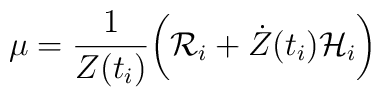
\mu = \frac{1}{Z(t_i)}\biggr({\cal R}_i + {\dot Z}(t_i){\cal H}_i\biggl)